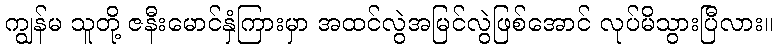
ကျွန်မ သူတို့ ဇနီးမောင်နှံကြားမှာ အထင်လွဲအမြင်လွဲဖြစ်အောင် လုပ်မိသွားပြီလား။